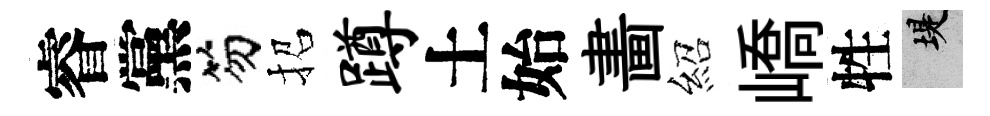
睿黨笏招蹲土始畵紹嶠牲堤